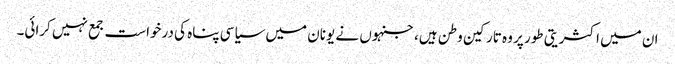
ان میں اکثریتی طور پر وہ تارکین وطن ہیں، جنہوں نے یونان میں سیاسی پناہ کی درخواست جمع نہیں کرائی۔